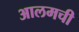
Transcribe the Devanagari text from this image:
आलमची